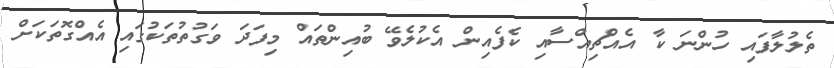
ތެލުލާފައި ހުންނަ ކާ އެއްޗިއްސާއި ކެފެއިން އެކުލެވޭ ބުއިންތައް މިފަދަ ވަގުތުތަކުގައި އެއްގޮތަކަށް